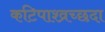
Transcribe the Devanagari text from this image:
कटिपाश्व्रच्छदा